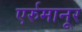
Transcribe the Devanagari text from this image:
एर्रुमानूर